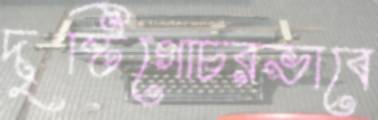
দৃষ্টিগোচরভাবে